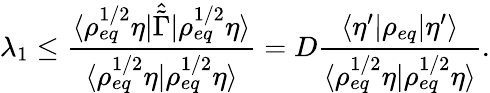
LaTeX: \lambda_{1}\le\frac{\langle\rho_{eq}^{1/2}\eta\rvert\hat{\tilde{\Gamma}}\lvert\rho_{eq}^{1/2}\eta\rangle}{\langle\rho_{eq}^{1/2}\eta\rvert\rho_{eq}^{1/2}\eta\rangle}=D\frac{\langle\eta^{\prime}\rvert\rho_{eq}\lvert\eta^{\prime}\rangle}{\langle\rho_{eq}^{1/2}\eta\rvert\rho_{eq}^{1/2}\eta\rangle}.